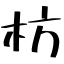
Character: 枋